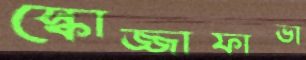
স্কোজ্জাফাভা